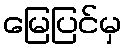
မြေပြင်မှ